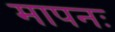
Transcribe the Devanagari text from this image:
मापनः